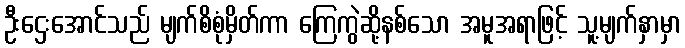
ဦးဌေးအောင်သည် မျက်စိစုံမှိတ်ကာ ကြေကွဲဆို့နစ်သော အမူအရာဖြင့် သူ့မျက်နှာမှာ